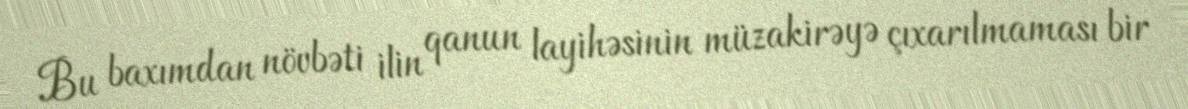
Bu baxımdan növbəti ilin qanun layihəsinin müzakirəyə çıxarılmaması bir